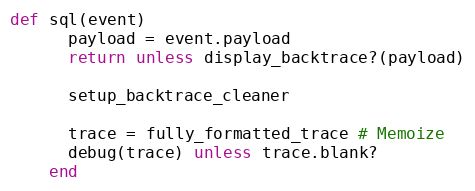
Language: Ruby
def sql(event)
      payload = event.payload
      return unless display_backtrace?(payload)

      setup_backtrace_cleaner

      trace = fully_formatted_trace # Memoize
      debug(trace) unless trace.blank?
    end